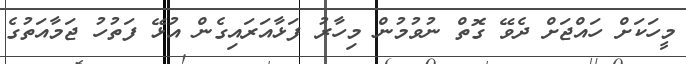
މީހަކަށް ހައްޖަށް ދެވޭ ގޮތް ނުވުމުން މިހާރު ފަޅާއަރައިގެން އުޅޭ ފަތުހު ޖަމާއަތުގެ